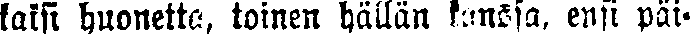
laisi huonetta, toinen hällän kanssa, ensi päi-